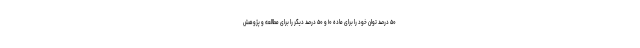
۵۰ درصد توان خود را برای ماده ۱۰ و ۵۰ درصد دیگر را برای مطالعه و پژوهش